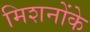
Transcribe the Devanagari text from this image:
मिशनोंके